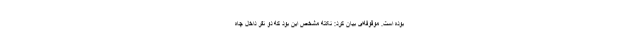
بوده است. موقوفه‌ای بیان کرد: نکته مشخص این بود که دو نفر داخل چاه